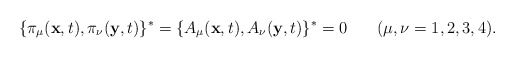
\begin{align*}\{\pi_\mu(\textbf{x},t),\pi_\nu(\textbf{y},t)\}^*=\{A_\mu(\textbf{x},t),A_\nu(\textbf{y},t)\}^*=0\hspace{0.3in}(\mu, \nu=1,2,3,4) .\end{align*}